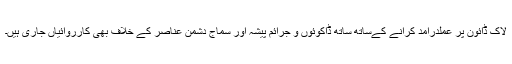
لاک ڈائون پر عملدرآمد کرانے کےساتھ ساتھ ڈاکوئوں و جرائم پیشہ اور سماج دشمن عناصر کے خلاف بھی کارروائیاں جاری ہیں۔